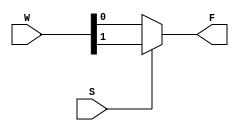
module Mux2to1 (W, S, F);
	input wire [1:0] W;
	input wire S;
	output F;

	assign F = S ? W[1] : W[0];
endmodule